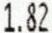
1.82